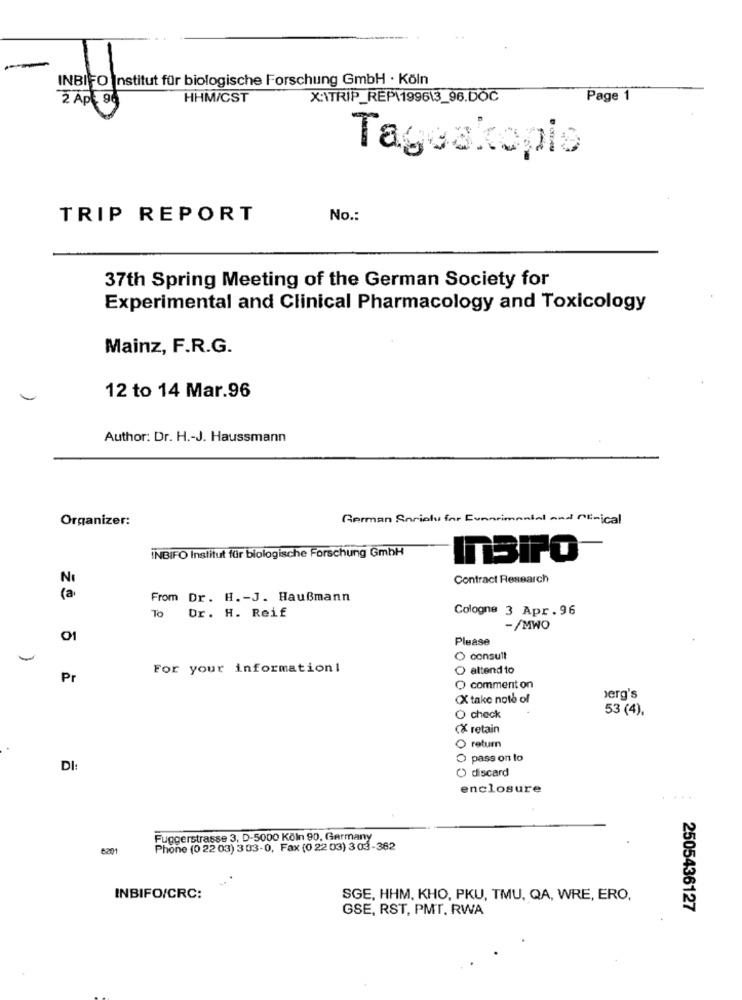
-
INBIFO Institut für biologische Forschung GmbH · Köln
2 Apt 90
HHM/CST
X:\TRIP_REP\1996\3_96.DOČ
Page 1
Tageskopis
TRIP REPORT
No .:
37th Spring Meeting of the German Society for
Experimental and Clinical Pharmacology and Toxicology
Mainz, F.R.G.
12 to 14 Mar.96
Author: Dr. H .- J. Haussmann
Organizer:
German Serialu for Evenrimental and Mtrical
INBIFO Institut für biologische Forschung GmbH
Contract Research
From Dr. H. - J. Haußmann
Cologne 3 Apr. 96
To
Dr. H. Reif
-/MWO
O1
Please
O consult
For your information!
O altend to
Pr
O comment on
X take note of
berg's
53 (4).
O check
(* retain
O return
O pass on lo
DI:
O discard
enclosure
Fuggerstrasse 3, D-5000 Köln 90, Germany
Phone (0 22 03) 3 03-0, Fax (0 22 03) 3 03-362
INBIFO/CRC:
SGE, HHM, KHO, PKU, TMU, QA, WRE, ERO,
GSE, RST, PMT, RWA
2505436127